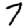
Digit: 7